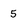
Character: 5